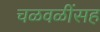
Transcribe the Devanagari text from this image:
चळवळींसह